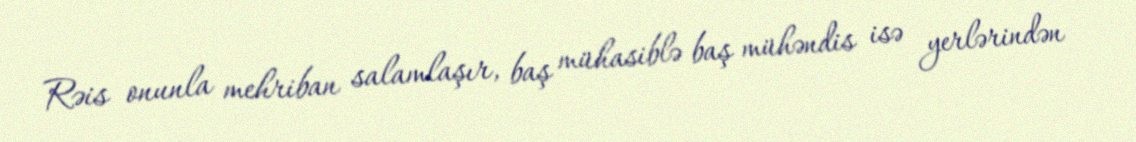
Rəis onunla mehriban salamlaşır, baş mühasiblə baş mühəndis isə yerlərindən